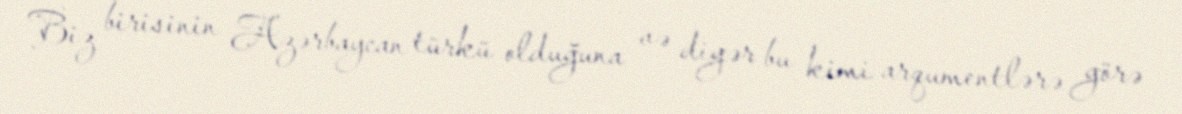
Biz birisinin Azərbaycan türkü olduğuna və digər bu kimi arqumentlərə görə